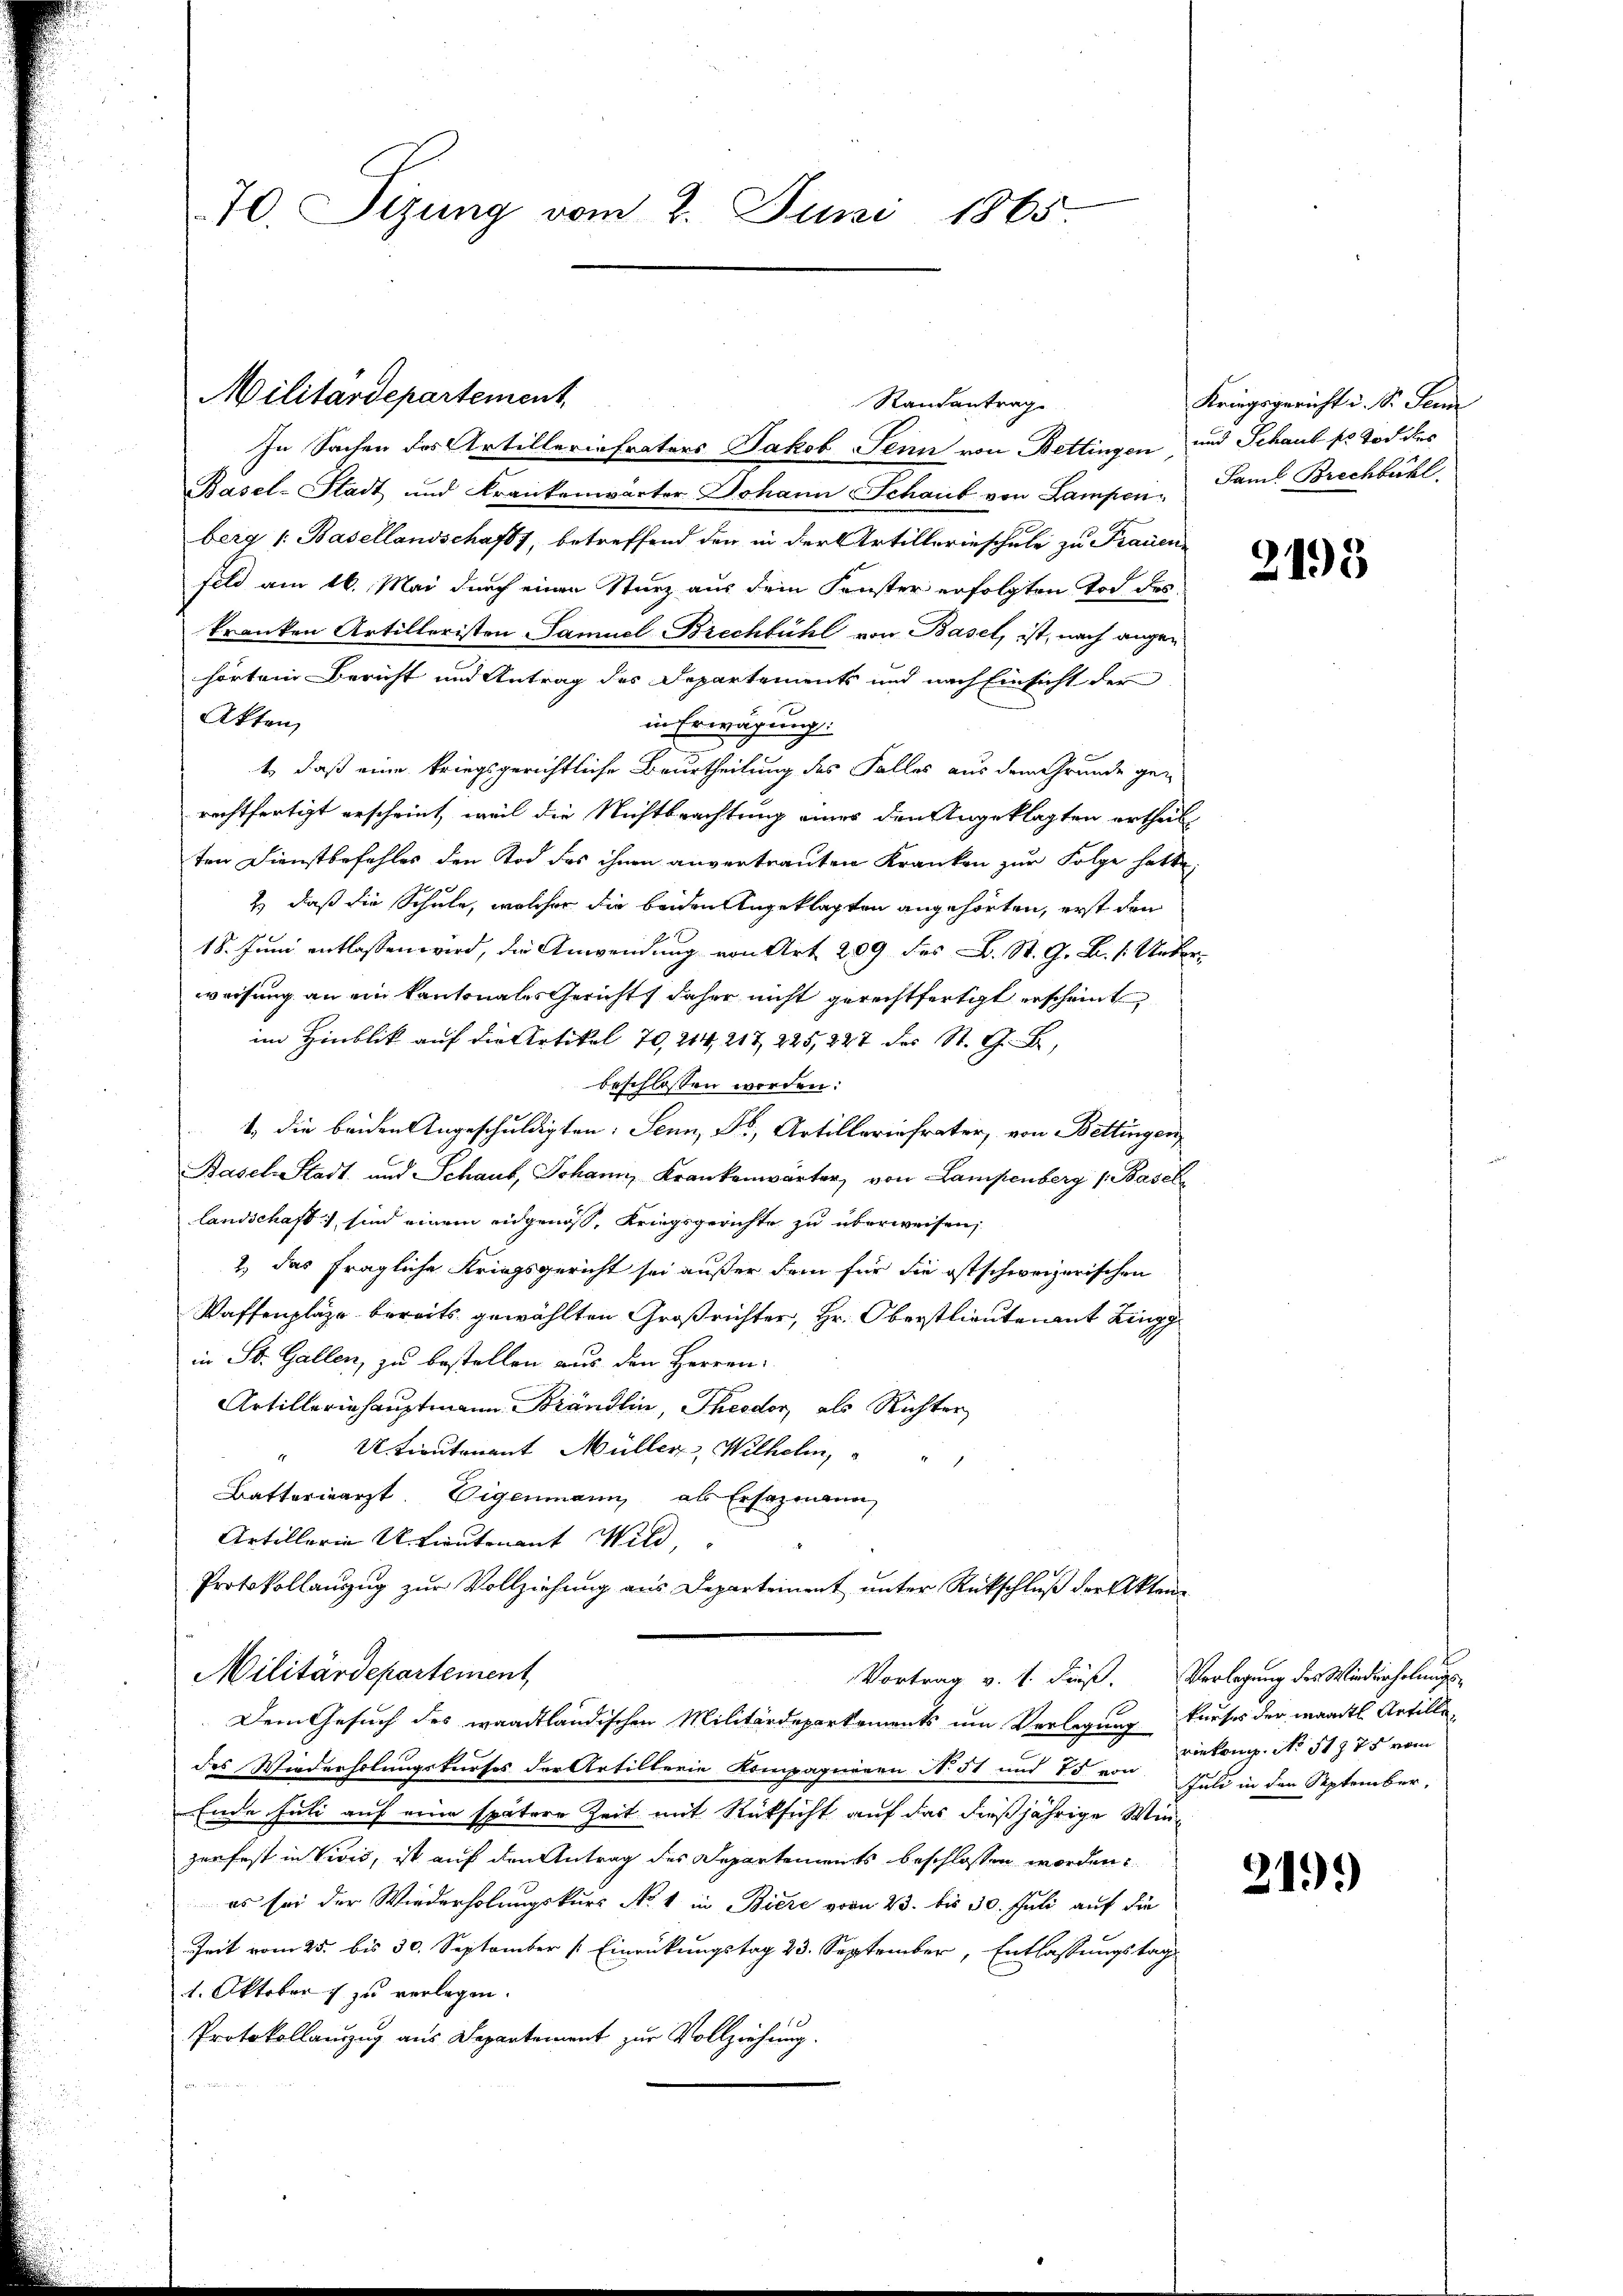
70. Sizung vom 2. Juni 1865

Militärdepartement,

In Sachen des Artillerinfraters Jakob Senn von Bettingen und Schaus pr Tod des
Basel-Stadt und Krankenwärter Johann Schaub von Lampen Saml Brechbühl.
berg 1. Basellandschaft, betreffend den in der Artillerinschule zu Frauen
feld am 16. Mai durch einen Sturz aus dem Fenster erfolgten Tod des
kranken Artilleristen Samuel Brechbühl von Basel, ist, nach angehörten Bericht und Antrag des Departements und nach Einsicht der
Akten
in Erwägung:
t, daß eine kriegsgerichtliche Beurtheilung des Falles aus dem Grunde gen
rechtfertigt erscheint, weil die Nichtbrachtung eines den Angeklagten ertheilt
ten Dienstbefehles den Tod des ihnen anvertrauten Kranken zur Folge hatte,
2) daß die Schule, welcher die beiden Angeklagten angehörten, erst den
18. Juni entlassen wird, die Anwendung von Art. 209 des L. St. G. B. 1. Unterweisung an ein kantonales Gericht daher nicht gerechtfertigt erscheint
im Hinblick auf die Artikel 70, 214, 217, 225, 227 des St. G. B.
beschlossen worden:
1. die beiden Angeschuldigten: Senn, Fr., Artillerinfrater, von Bettingen,
Basch Stadt und Schaut, Johann, Krankenwärter, von Lampenberg 1. Basel
landschaft sind einem eidgenoß, Kriegsgerichte zu überweisen,
2) das fragliche Kriegsgericht sei außer dem für die ostschweizerischen
Waffenpläge bereits gewählten Großrichter, Hr. Oberstlieutenant Ringg
in St. Gallen, zu bestellen aus den Herren:
Artilleriehauptmann Brändlin, Theodor, als Richter
" U. tirntonant Müller, Wilhelm,
Batterarzt. Eigenmann, als Ersazenann
Artillerin u. Lieutenant Wild,
Protokollauszug zur Vollziehung aus Departement unter Rückschluß der Akten¬
Militärdepartement,
Vortrag v. 1. Fies. Verlegung des Wiederholungs-
Dem Gesuch des waadtländischen Militärdeperkoments um Verlegung kurses der waadtl. Artilledes Wiederholungskurses der Artillerie Kompagniern No 51 und 75 von Biekomp. No 51275 vom
Ende Juli auf eine spätere Zeit mit Rücksicht auf das dießjährige Win-
zurfest in Vivis, ist auf den Antrag des Departements beschlossen worden.
es sei der Wiederholungskurs No 1 in Biere vom 23. bis 30. Juli auf die
Zeit vom 25. bis 30. September 1 Einrückungstag 23. September, Entlassungstag
1. Oktober zu verlegen.
Protokollanzug aus Departement zur Vollziehung.

Rautantrag

Kriegsgericht u. S. Sem

2195

Juli in den September,

219.